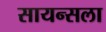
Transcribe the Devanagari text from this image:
सायन्सला